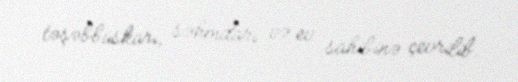
təşəbbüskarı, səhmdarı və ev sahibinə çevrilib.